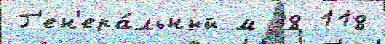
Г'ен'ера́льный м 38 118